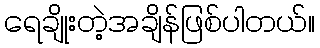
ရေချိုးတဲ့အချိန်ဖြစ်ပါတယ်။